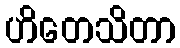
ဟိတေသိတာ